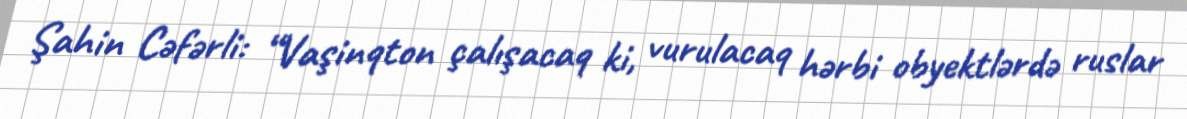
Şahin Cəfərli: “Vaşinqton çalışacaq ki, vurulacaq hərbi obyektlərdə ruslar